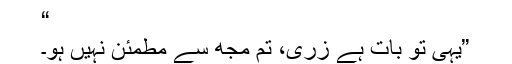
“
”یہی تو بات ہے زری، تم مجھ سے مطمئن نہیں ہو۔